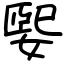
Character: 媐